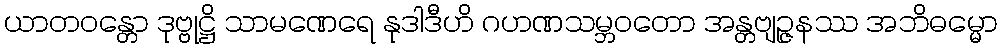
ယာတဝန္တော ဒုဗ္ဗုဋ္ဌိ သာမဏေရေ နုဒါဒီဟိ ဂဟဏသမ္ဘဝတော အန္တဗျဉ္ဇနဿ အဘိဓမ္မော